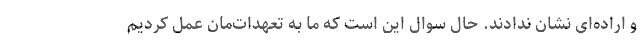
و اراده‌ای نشان ندادند. حال سوال این است که ما به تعهدات‌مان عمل کردیم